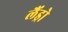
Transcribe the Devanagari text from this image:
लैंड्रो